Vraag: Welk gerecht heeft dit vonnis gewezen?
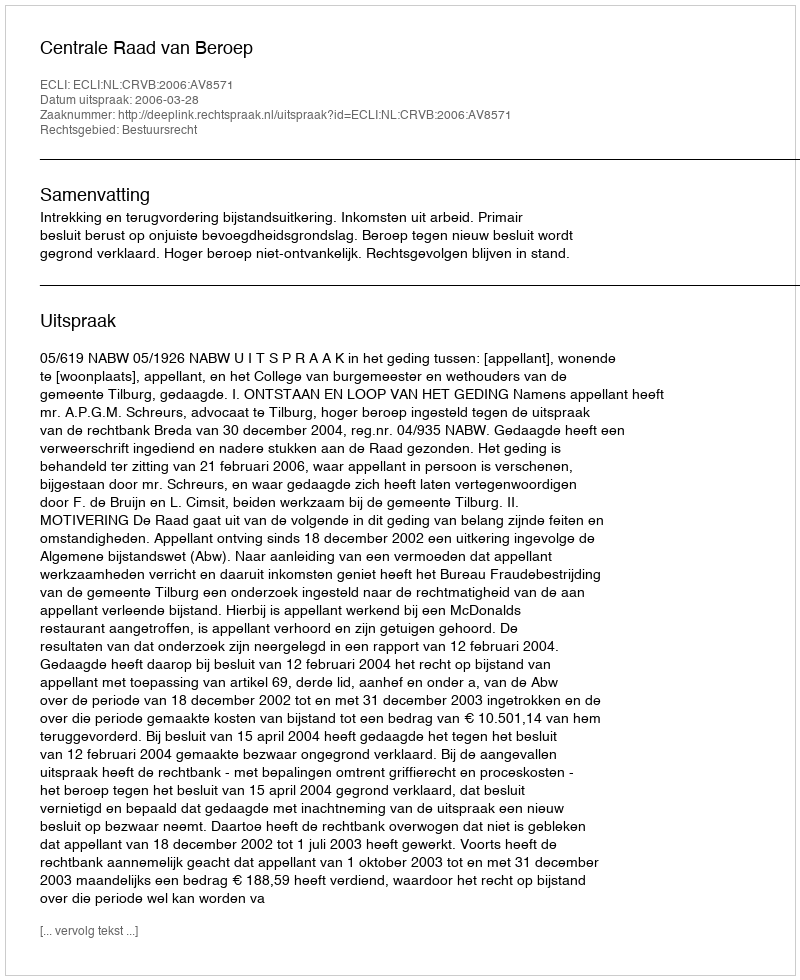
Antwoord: Centrale Raad van Beroep